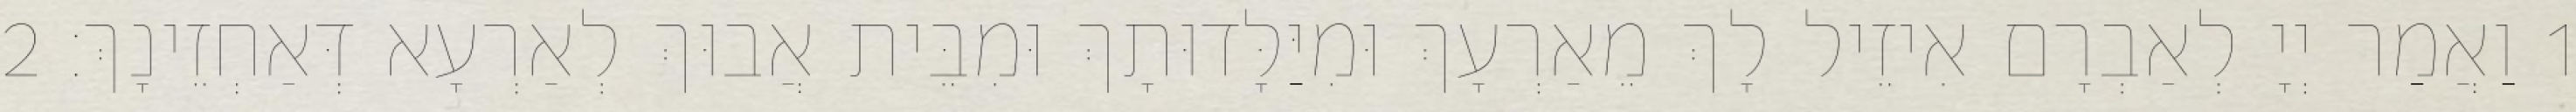
1 וַאֲמַר יְיָ לְאַבְרָם אִיזֵיל לָךְ מֵאַרְעָךְ וּמִיַּלָּדוּתָךְ וּמִבֵּית אֲבוּךְ לְאַרְעָא דְּאַחְזֵינָךְ׃ 2